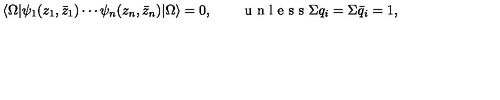
\langle \Omega | \psi _ { 1 } ( z _ { 1 } , \bar { z } _ { 1 } ) \cdots \psi _ { n } ( z _ { n } , \bar { z } _ { n } ) | \Omega \rangle = 0 , \qquad \textrm { u n l e s s \Sigma q _ { i } = \Sigma \bar { q } _ { i } = 1 } ,